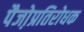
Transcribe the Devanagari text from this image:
पैजो़प्रतिरोधक